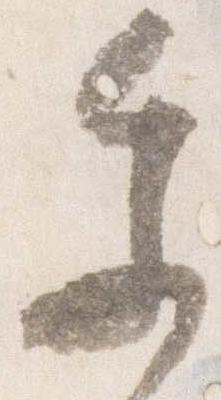
参